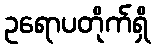
ဥရောပတိုက်ရှိ